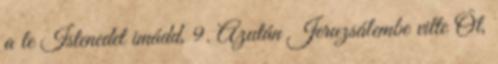
a te Istenedet imádd, 9. Azután Jeruzsálembe vitte Őt,